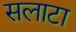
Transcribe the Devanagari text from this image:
सलाटा